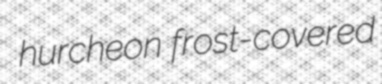
hurcheon frost-covered